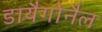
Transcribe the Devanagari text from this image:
डायैगोनैल